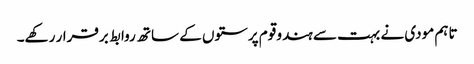
تاہم مودی نے بہت سے ہندو قوم پرستوں کے ساتھ روابط برقرار رکھے۔